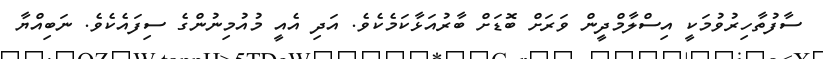
ސާފުތާހިރުވުމަކީ އިސްލާމްދީން ވަރަށް ބޮޑަށް ބާރުއަޅާކަމެކެވެ. އަދި އެއީ މުއުމިނުންގެ ސިފައެކެވެ. ނަބިއްޔާ